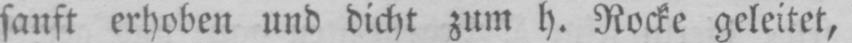
sanft erhoben und dicht zum h. Rocke geleitet,